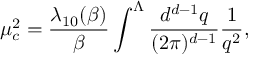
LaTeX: \mu _ { c } ^ { 2 } = \frac { \lambda _ { 1 0 } ( \beta ) } { \beta } \int ^ { \Lambda } \frac { d ^ { d - 1 } q } { ( 2 \pi ) ^ { d - 1 } } \frac { 1 } { q ^ { 2 } } ,